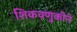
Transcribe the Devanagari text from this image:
शिकवणुकीने